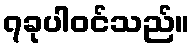
၇ခုပါဝင်သည်။